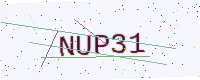
Text: NUP31